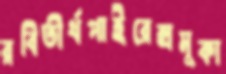
রবিতীর্থপাইরেক্সমুকা